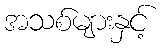
အသစ်များနှင့်